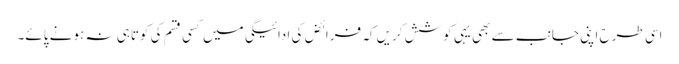
اسی طرح اپنی جانب سے بھی یہی کوشش کریں کہ فرائض کی ادائیگی میں کسی قسم کی کوتاہی نہ ہونے پائے۔